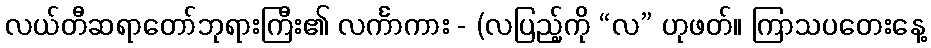
လယ်တီဆရာတော်ဘုရားကြီး၏ လင်္ကာကား - (လပြည့်ကို “လ” ဟုဖတ်။ ကြာသပတေးနေ့